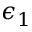
\epsilon _ { 1 }